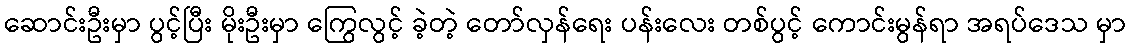
ဆောင်းဦးမှာ ပွင့်ပြီး မိုးဦးမှာ ကြွေလွင့် ခဲ့တဲ့ တော်လှန်ရေး ပန်းလေး တစ်ပွင့် ကောင်းမွန်ရာ အရပ်ဒေသ မှာ